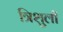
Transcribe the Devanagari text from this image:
त्रिशुली